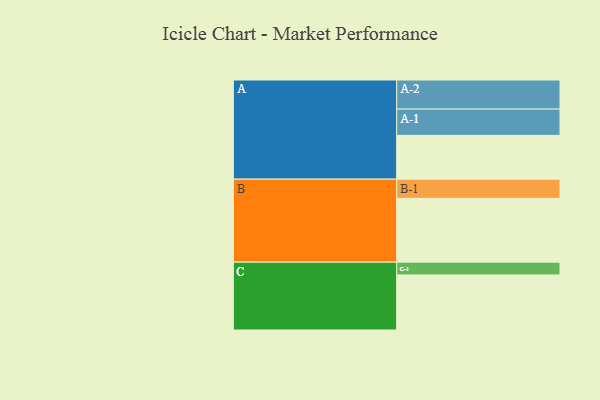
{"axis": {"x": "Segment", "y": "Value"}, "legend": ["", "A", "B", "C"], "data": [{"x": "A", "y": 322, "type": ""}, {"x": "B", "y": 469, "type": ""}, {"x": "C", "y": 405, "type": ""}, {"x": "A-1", "y": 193, "type": "A"}, {"x": "A-2", "y": 214, "type": "A"}, {"x": "B-1", "y": 141, "type": "B"}, {"x": "C-1", "y": 94, "type": "C"}]}